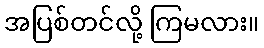
အပြစ်တင်လို့ ကြမလား။